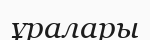
ұралары